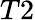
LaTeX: {T2}